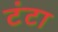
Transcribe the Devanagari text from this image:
टंटा